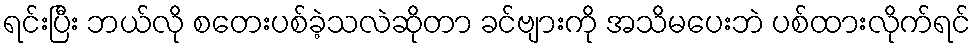
ရင်းပြီး ဘယ်လို စတေးပစ်ခဲ့သလဲဆိုတာ ခင်ဗျားကို အသိမပေးဘဲ ပစ်ထားလိုက်ရင်